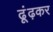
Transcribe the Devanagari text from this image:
ढूंढ़कर